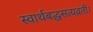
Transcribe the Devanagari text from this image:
स्वार्थबद्धसत्यव्रती।